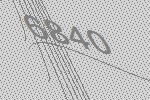
6840